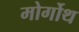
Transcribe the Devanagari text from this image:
मोर्गोथ